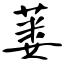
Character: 蒌